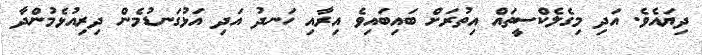
ދިޔައެވެ. އަދި މިގެލެކްސީތައް އިތުރަށް ބައިބައިވެ އިރާއި ހަނދު އަދި އަޅުގަނޑުމެން ދިރިއުޅެމުންދާ